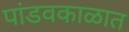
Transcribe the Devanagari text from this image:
पांडवकाळात